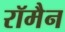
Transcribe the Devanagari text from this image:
रॉमैन